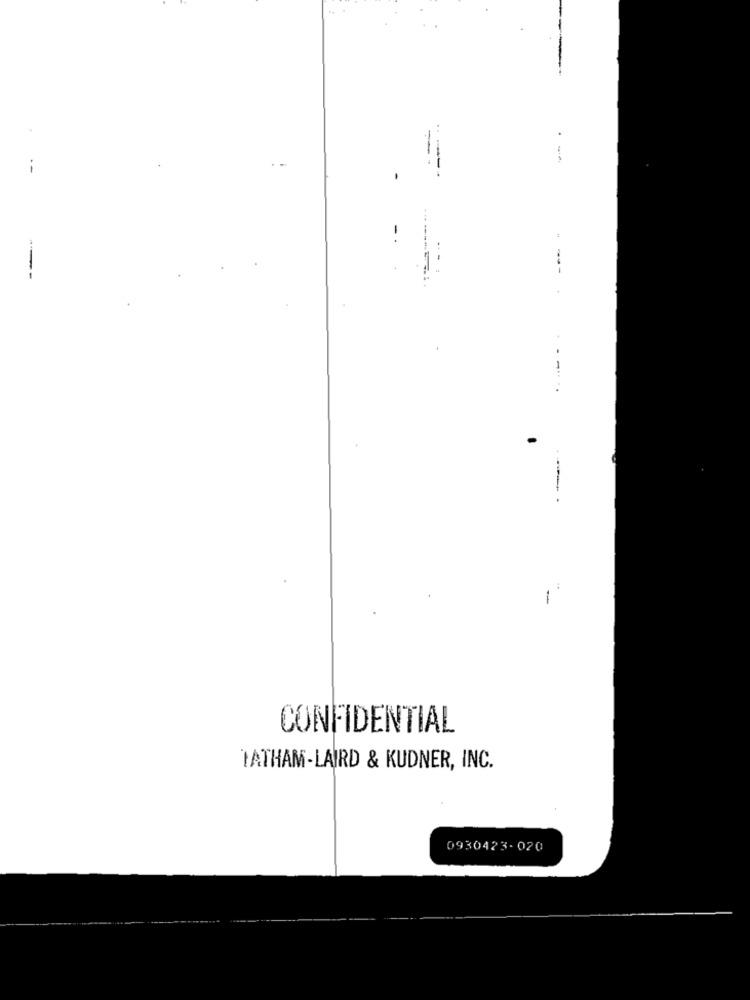
-
-
" ---
---
1
CONFIDENTIAL
TATHAM-LAIRD & KUDNER, INC.
0930423-020